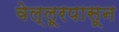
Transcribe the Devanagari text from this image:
वेल्लूरपासून